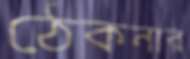
ঠেকনার